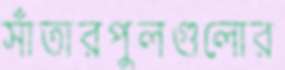
সাঁতারপুলগুলোর